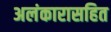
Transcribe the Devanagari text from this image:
अलंकारासहित